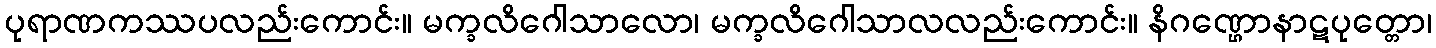
ပုရာဏကဿပလည်းကောင်း။ မက္ခလိဂေါသာလော၊ မက္ခလိဂေါသာလလည်းကောင်း။ နိဂဏ္ဌောနာဋပုတ္တော၊